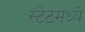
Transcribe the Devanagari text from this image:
स्टेटमध्ये